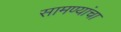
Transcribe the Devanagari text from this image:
सामण्यांचा